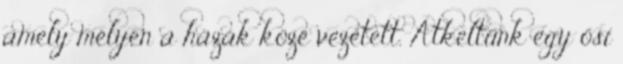
amely mélyen a házak közé vezetett. Átkeltünk egy ősi